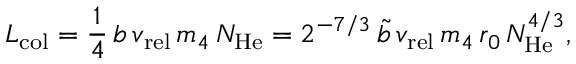
L _ { \mathrm { c o l } } = \frac { 1 } { 4 } \, b \, v _ { \mathrm { r e l } } \, m _ { 4 } \, N _ { \mathrm { H e } } = 2 ^ { - 7 / 3 } \, \tilde { b } \, v _ { \mathrm { r e l } } \, m _ { 4 } \, r _ { 0 } \, N _ { \mathrm { H e } } ^ { 4 / 3 } ,